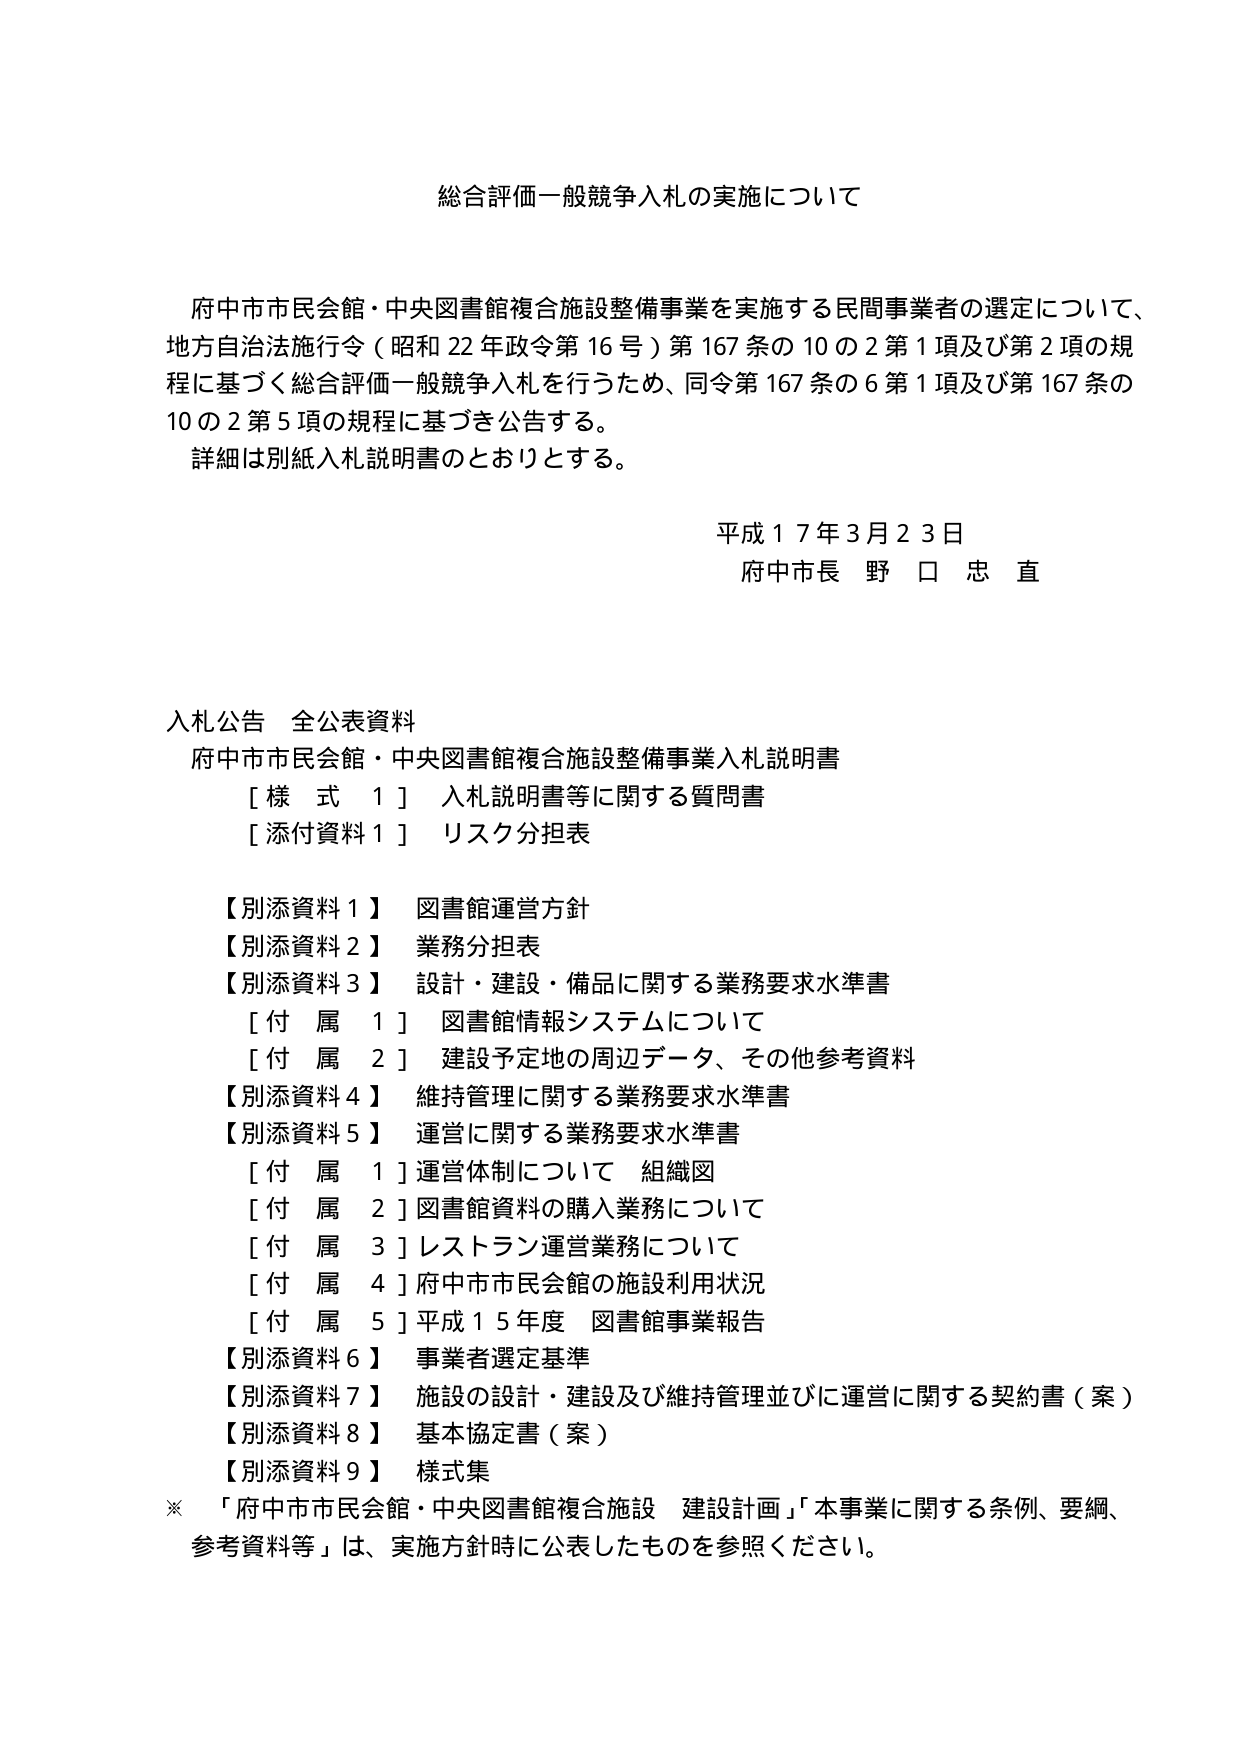
総合評価一般競争入札の実施について

府中市市民会館・中央図書館複合施設整備事業を実施する民間事業者の選定について、
地方自治法施行令（昭和22年政令第16号）第167条の10の2第1項及び第2項の規
程に基づく総合評価一般競争入札を行うため、同令第167条の6第1項及び第167条の
10の2第5項の規程に基づき公告する。
詳細は別紙入札説明書のとおりとする。

平成17年3月23日
府中市長 野口忠直

入札公告 全公表資料
府中市市民会館・中央図書館複合施設整備事業入札説明書
［様式1］ 入札説明書等に関する質問書
［添付資料1］ リスク分担表

【別添資料1】 図書館運営方針
【別添資料2】 業務分担表
【別添資料3】 設計・建設・備品に関する業務要求水準書
［付属1］ 図書館情報システムについて
［付属2］ 建設予定地の周辺データ、その他参考資料
【別添資料4】 維持管理に関する業務要求水準書
【別添資料5】 運営に関する業務要求水準書
［付属1］ 運営体制について 組織図
［付属2］ 図書館資料の購入業務について
［付属3］ レストラン運営業務について
［付属4］ 府中市市民会館の施設利用状況
［付属5］ 平成15年度 図書館事業報告
【別添資料6】 事業者選定基準
【別添資料7】 施設の設計・建設及び維持管理並びに運営に関する契約書（案）
【別添資料8】 基本協定書（案）
【別添資料9】 様式集

※ 「府中市市民会館・中央図書館複合施設 建設計画」「本事業に関する条例、要綱、
参考資料等」は、実施方針時に公表したものを参照ください。